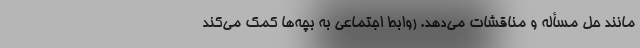
مانند حل مسأله و مناقشات می‌دهد. روابط اجتماعی به بچه‌ها کمک می‌کند